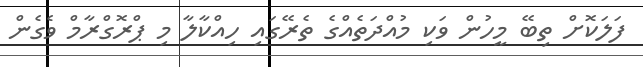
ފަލަކޮށް ތިބޭ މީހުން ވަކި މުއްދަތެއްގެ ތެރޭގައި ހިއްކާލާ މި ޕްރޮގްރާމް ވެގެން